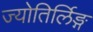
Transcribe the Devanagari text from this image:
ज्योतिर्लिङ्ग